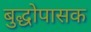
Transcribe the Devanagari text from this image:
बुद्धोपासक